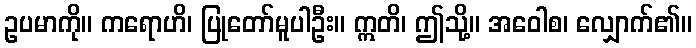
ဥပမာကို။ ကရောဟိ၊ ပြုတော်မူပါဦး။ ဣတိ၊ ဤသို့။ အဝေါစ၊ လျှောက်၏။